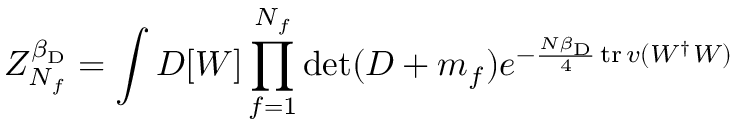
Z _ { N _ { f } } ^ { \beta _ { \mathrm { D } } } = \int D [ W ] \prod _ { f = 1 } ^ { N _ { f } } \mathrm { d e t } ( { \cal D } + m _ { f } ) e ^ { - { \frac { N \beta _ { \mathrm { D } } } { 4 } } \, \mathrm { t r } \, v ( W ^ { \dagger } W ) }